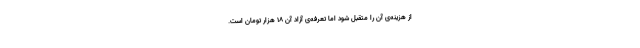
از هزینه‌ی آن را متقبل شود اما تعرفه‌‌ی آزاد آن ۱۸ هزار تومان است.